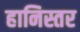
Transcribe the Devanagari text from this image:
हानिस्तर